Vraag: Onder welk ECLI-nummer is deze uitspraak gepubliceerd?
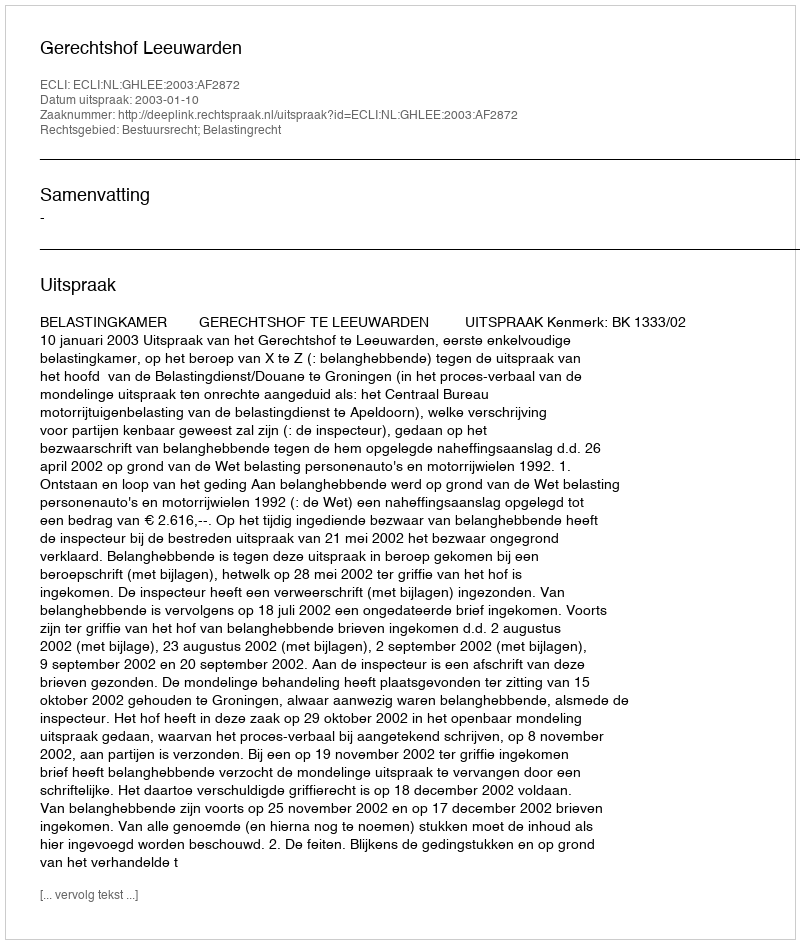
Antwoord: ECLI:NL:GHLEE:2003:AF2872